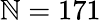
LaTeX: \mathbb{N}=171